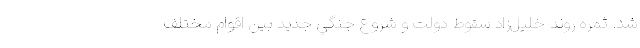
شد. ثمره روند خليل‌زاد سقوط دولت و شروع جنگي جديد بين اقوام مختلف